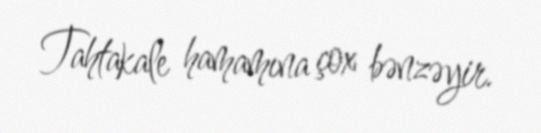
Tahtakale hamamına çox bənzəyir.